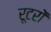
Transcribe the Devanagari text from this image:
रूटरों